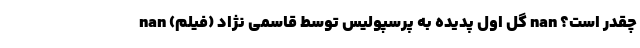
چقدر است؟ nan گل اول پدیده به پرسپولیس توسط قاسمی نژاد (فیلم) nan